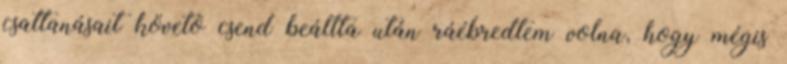
csattanásait követõ csend beállta után ráébredtem volna, hogy mégis